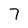
Character: 7